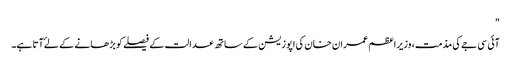
"
آئی سی جے کی مذمت، وزیراعظم عمران خان کی اپوزیشن کے ساتھ عدالت کے فیصلے کو بڑھانے کے لۓ آتا ہے۔